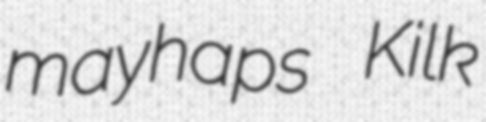
mayhaps Kilk